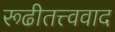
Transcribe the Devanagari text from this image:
रूढीतत्त्ववाद